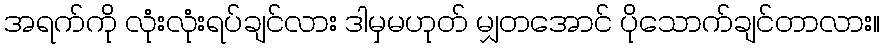
အရက်ကို လုံးလုံးရပ်ချင်လား ဒါမှမဟုတ် မျှတအောင် ပိုသောက်ချင်တာလား။